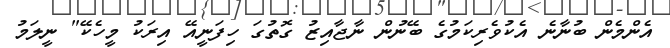
އެންމެން ބުނާނެ އެކުވެރިކަމުގެ ބޭނުން ނާޖާއިޒު ގޮތުގަ ހިފަނީއޭ އިރަކު މީހެކޭ" ނީލަމު